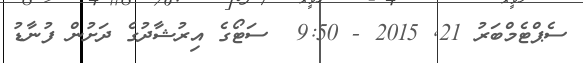
ސެޕްޓެމްބަރު 21